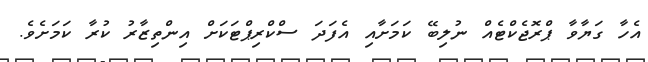
އެހާ ގަޔާވާ ޕްރޮޖެކްޓެއް ނުލިބޭ ކަމަށާއި އެފަދަ ސްކްރިޕްޓަކަށް އިންތިޒާރު ކުރާ ކަމަށެވެ.